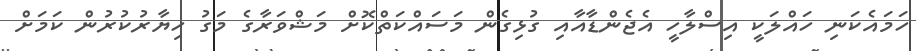
ހަމައެކަނި ހައްލަކީ އިސްލާހީ އެޖެންޑާއާއި ގުޅިގެން މަސައްކަތްކޮށް މަޝްވަރާގެ މަގު ހިޔާރުކުރުން ކަމަށް